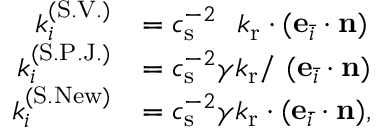
\begin{array} { r l } { k _ { i } ^ { ( \mathrm { S . V . } ) } } & { = c _ { \mathrm { s } } ^ { - 2 } \ \ k _ { \mathrm { r } } \cdot ( \mathbf { e } _ { \bar { i } } \cdot \mathbf { n } ) } \\ { k _ { i } ^ { ( \mathrm { S . P . J . } ) } } & { = c _ { \mathrm { s } } ^ { - 2 } \gamma k _ { \mathrm { r } } / \ ( \mathbf { e } _ { \bar { i } } \cdot \mathbf { n } ) } \\ { k _ { i } ^ { ( \mathrm { S . N e w } ) } } & { = c _ { \mathrm { s } } ^ { - 2 } \gamma k _ { \mathrm { r } } \cdot ( \mathbf { e } _ { \bar { i } } \cdot \mathbf { n } ) , } \end{array}